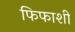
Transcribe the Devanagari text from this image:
फिफाशी